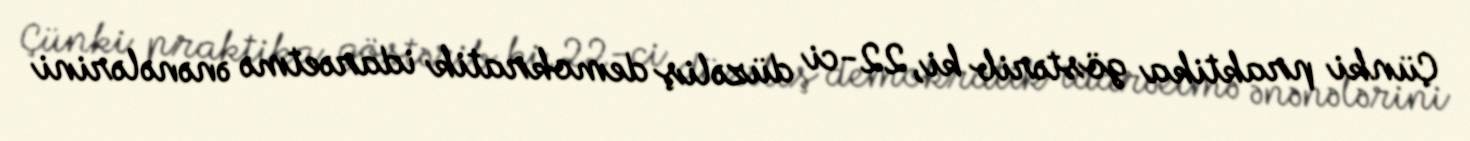
Çünki praktika göstərib ki, 22-ci düzəliş demokratik idarəetmə ənənələrini